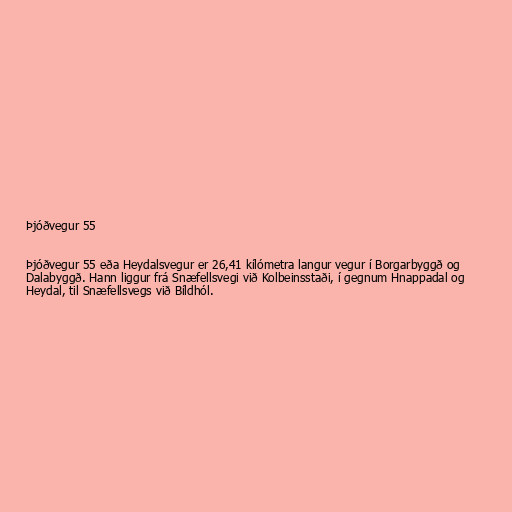
Þjóðvegur 55

Þjóðvegur 55 eða Heydalsvegur er 26,41 kílómetra langur vegur í Borgarbyggð og
Dalabyggð. Hann liggur frá Snæfellsvegi við Kolbeinsstaði, í gegnum Hnappadal og
Heydal, til Snæfellsvegs við Bíldhól.